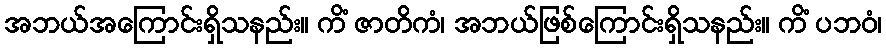
အဘယ်အကြောင်းရှိသနည်း။ ကိံ ဇာတိကံ၊ အဘယ်ဖြစ်ကြောင်းရှိသနည်း။ ကိံ ပဘဝံ၊